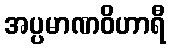
အပ္ပမာဏဝိဟာရီ